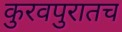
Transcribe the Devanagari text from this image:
कुरवपुरातच